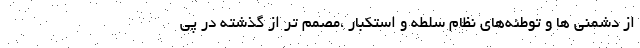
از دشمنی ها و توطئه‌های نظام سلطه و استکبار ،مصمم تر از گذشته در پی